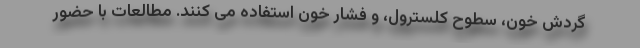
گردش خون، سطوح کلسترول، و فشار خون استفاده می کنند. مطالعات با حضور